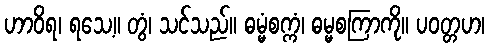
ဟာဝိရ၊ ရသေ့။ တွံ၊ သင်သည်။ ဓမ္မံစက္ကံ၊ ဓမ္မစကြာကို။ ပဝတ္တဟ၊